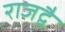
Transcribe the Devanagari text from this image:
राजद्वै